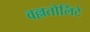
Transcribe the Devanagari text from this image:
वल्लतोलिंटे